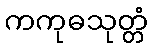
ကကုဓသုတ္တံ